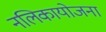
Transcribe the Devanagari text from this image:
नलिकायोजना